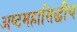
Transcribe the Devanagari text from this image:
अष्टमहासिद्धीच